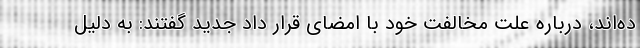
ده‌اند، درباره علت مخالفت خود با امضای قرار داد جدید گفتند: به دلیل